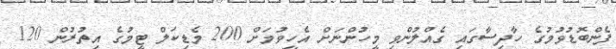
ފެންބޮޑުވުމުގެ ހާދިސާގައި ގެއްލުންވި މީހުންނަށް އެހީވުމަށް 200 މެޑިކަލް ޓީމުގެ އިތުރުން 120